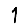
Digit: 1